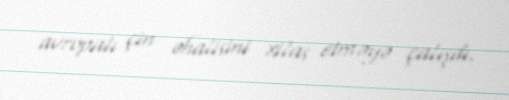
avropalı çin əhalisini xilas etməyə çalışdı.